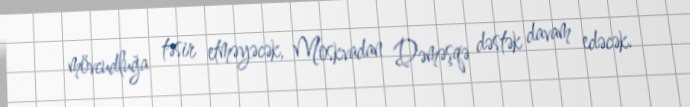
mövcudluğa təsir etməyəcək, Moskvadan Dəməşqə dəstək davam edəcək.